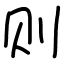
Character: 则